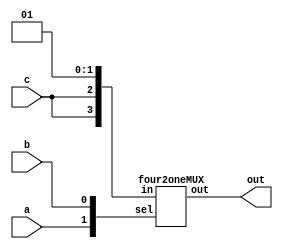
module threevarMUX(
    input a,
    input b,
    input c,
    output out);

    wire [3:0] in;
    wire [1:0] sel;

    assign in = {c,c,1'b0,1'b1};
    assign sel = {a,b};

    four2oneMUX varMUX(in, sel, out);

endmodule

module four2oneMUX(
    input [3:0] in,
    input [1:0] sel,
    output out);

    assign out = in[sel];

endmodule